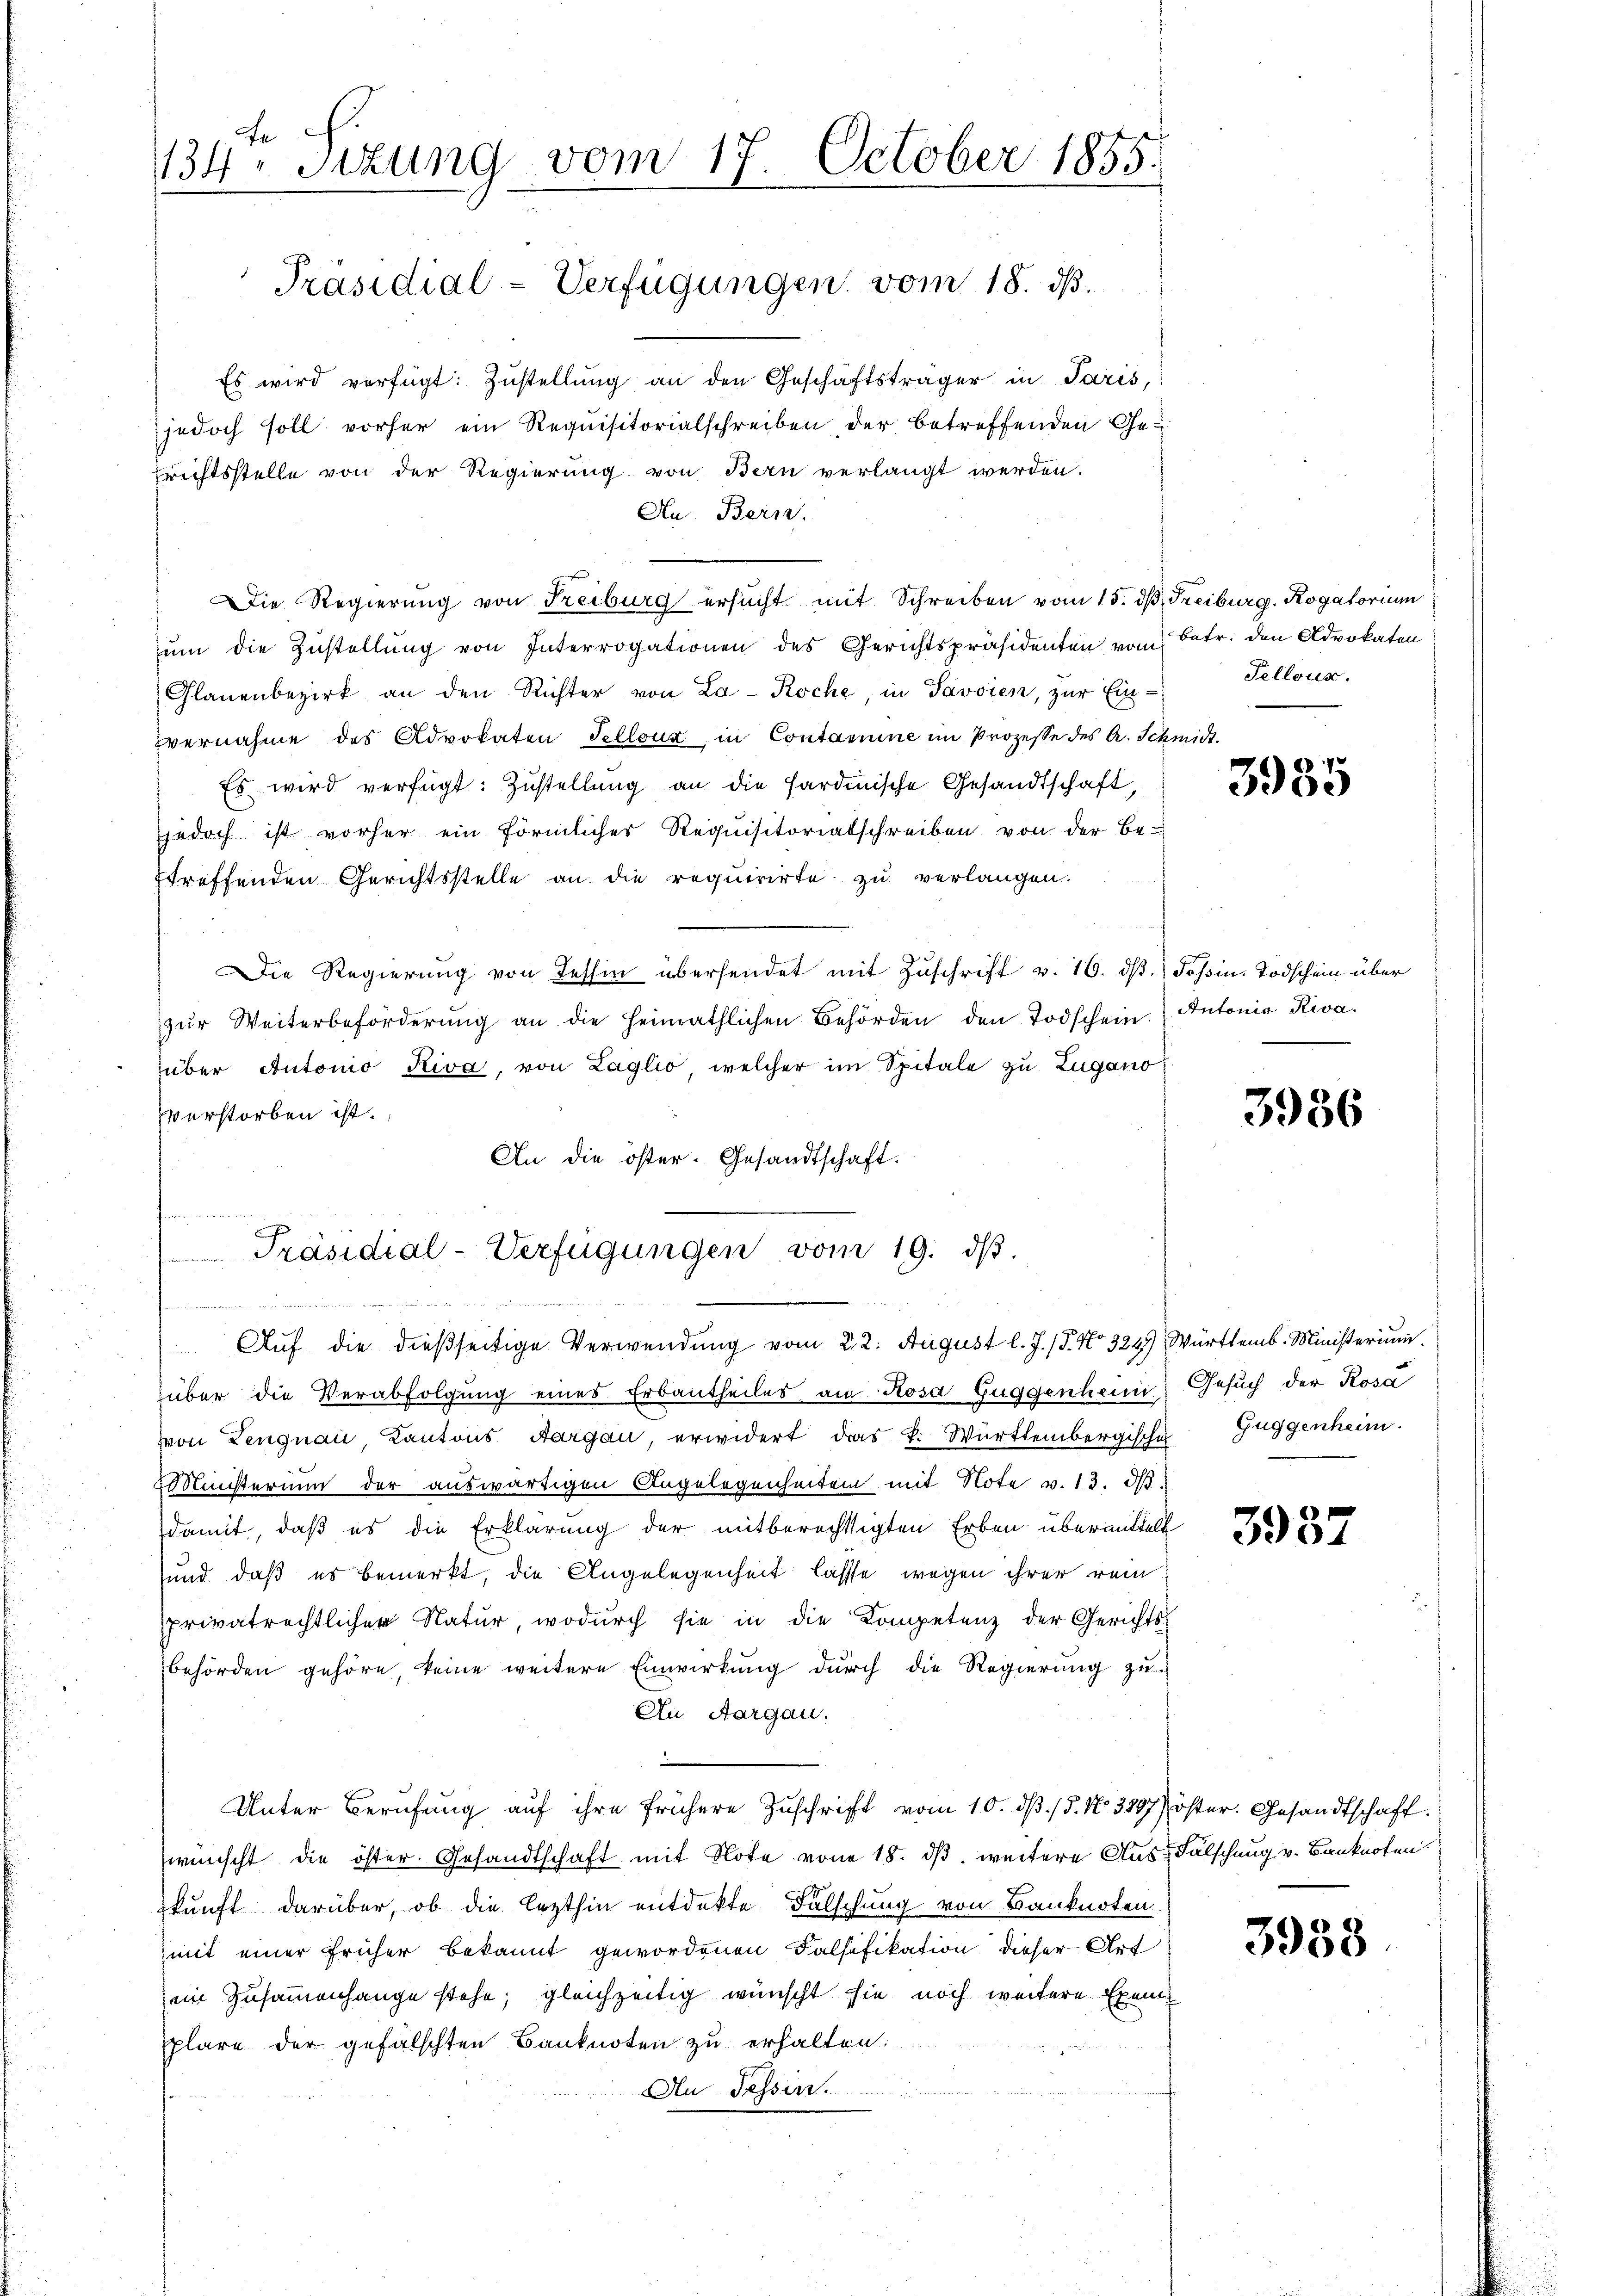
134. Sizung vom 17. October 1855.
Präsidial-Verfügungen vom 18. ds.

Es wird verfügt: Zustellung an den Geschäftsträger in Paris,
jedoch soll vorher ein Requisitorialschreiben der betreffenden Ge-
zrichtsstelle von der Regierung von Bern verlangt werden.
Au. Bern.
Die Regierung von Freiburg ersucht mit Schreiben vom 15. ds Freiburg. Rogatorium
zum die Zustellung von Interrogationen des Gerichtspräsidenten vom Betr. den Advokaten
Glanenbezirk an den Richter von La-Koche, in Savvien, zur Ein-Telloux.
vernahme des Advokaten Tellour in Contamine im Prozesse des A. Schmidt
Es wird verfügt: Zustellung an die Sardinische Gesandtschaft,
jedoch ist vorher ein förmliches Requisitorialschreiben von der Be-
etreffenden Gerichtsstelle an die requirirte zu verlangen.
s
Die Regierung von Tessin übersendet mit Zuschrift v. 16. ds. Tessin. Todschein über
zŭr Weiterbeförderŭng an die Heimathlichen Behörden den Todschein. Antonio Riva
über Autonio Riva, von Laglio, welcher im Spitale zu Zuganoverstorben ist.
An die öster. Gesandtschaft.
n

Präsidial-Verfügungen vom 19. dβ.

 Be
Auf die dießseitige Verwendung vom 22. August l. J. (T. No 324, Württemb. Ministerium

über die Verabfolgŭng eines Erbantheiles an Rosa Guggenheim Gesuch der Rosa
von Lengnau, Kantons Aargau, erwidert das K. Württembergische Zuggenheim.
Ministerium der auswärtigen Angelegenheiten mit Note v. 13. dβ
damit, daß es die Erklärung der mitberechtigten Erben übermittelt
und, daß es bemerkt, die Angelegenheit lasse, wegen ihrer rein
sprivatrechtlicher Natur, wodurch sie in die Kompetenz der Gerichts-
behörden gehöre, keine weitere Einwirkung durch die Regierung zu-
An Aargau.
.
Unter Berufung auf ihre frühere Zuschrift vom 10. d. 15. No. 3807) öster. Gesandtschaft.
wünscht die öster. Gesandtschaft mit Note von 18. dβ. weitere Aus-Fälschung v. Banknoten
skunft darüber, ob die lezthin entdekte. Falschung von Banknoten.
mit einer früher bekannt gewordenen Falsifikation dieser Art
im Zusammenhange stehe; gleichzeitig wünscht sie noch weitere Exem
plare der gefälschten Banknoten zu erhalten.
An Tessin.

3935

3936

3957

3958